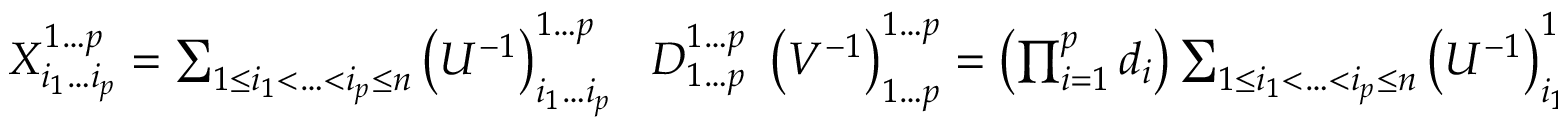
\begin{array} { r } { X _ { i _ { 1 } \dotsc i _ { p } } ^ { 1 \dotsc p } = \sum _ { 1 \leq i _ { 1 } < \dotsc < i _ { p } \leq n } \left( U ^ { - 1 } \right) _ { i _ { 1 } \dotsc i _ { p } } ^ { 1 \dotsc p } \ \ D _ { 1 \dotsc p } ^ { 1 \dotsc p } \ \left( V ^ { - 1 } \right) _ { 1 \dotsc p } ^ { 1 \dotsc p } = \left( \prod _ { i = 1 } ^ { p } d _ { i } \right) \sum _ { 1 \leq i _ { 1 } < \dotsc < i _ { p } \leq n } \left( U ^ { - 1 } \right) _ { i _ { 1 } \dotsc i _ { p } } ^ { 1 \dotsc p } \ \ \left( V ^ { - 1 } \right) _ { 1 \dotsc p } ^ { 1 \dotsc p } . } \end{array}